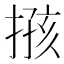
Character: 𢱙